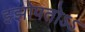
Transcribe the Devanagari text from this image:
झ्झोपतोऽऽ